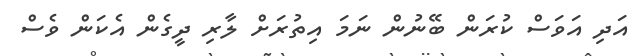
އަދި އަވަސް ކުރަން ބޭނުން ނަމަ އިތުރަށް ލާރި ދީގެން އެކަން ވެސް